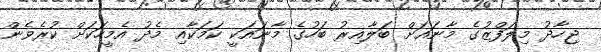
ޖިހާދު މިލަފްޒުގެ މާނައަށް ބަލާއިރު ބަހުގެ މާނައަކީ ކަމަކާއި މެދު އެމީހަކަށް ކުރެވެން